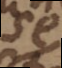
se